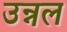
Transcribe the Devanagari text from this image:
उन्नल